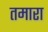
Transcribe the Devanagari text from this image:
तमारा